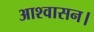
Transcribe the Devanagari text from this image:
आश्‍वासन।